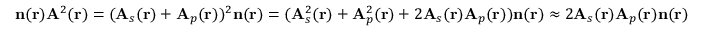
\mathbf { n } ( \mathbf { r } ) \mathbf { A } ^ { 2 } ( \mathbf { r } ) = ( \mathbf { A } _ { s } ( \mathbf { r } ) + \mathbf { A } _ { p } ( \mathbf { r } ) ) ^ { 2 } \mathbf { n } ( \mathbf { r } ) = ( \mathbf { A } _ { s } ^ { 2 } ( \mathbf { r } ) + \mathbf { A } _ { p } ^ { 2 } ( \mathbf { r } ) + 2 \mathbf { A } _ { s } ( \mathbf { r } ) \mathbf { A } _ { p } ( \mathbf { r } ) ) \mathbf { n } ( \mathbf { r } ) \approx 2 \mathbf { A } _ { s } ( \mathbf { r } ) \mathbf { A } _ { p } ( \mathbf { r } ) \mathbf { n } ( \mathbf { r } )